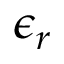
\epsilon _ { r }